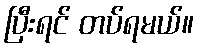
ပြီးရင် တပ်ရမယ်။